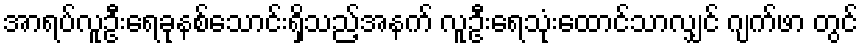
အာရပ်လူဦးရေခုနစ်သောင်းရှိသည့်အနက် လူဦးရေသုံးထောင်သာလျှင် ဂျက်ဖာ တွင်